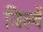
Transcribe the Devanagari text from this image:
जिल्दें